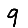
Digit: 9